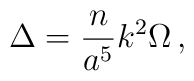
\Delta = {n\over a^5} k^2 \Omega \,,